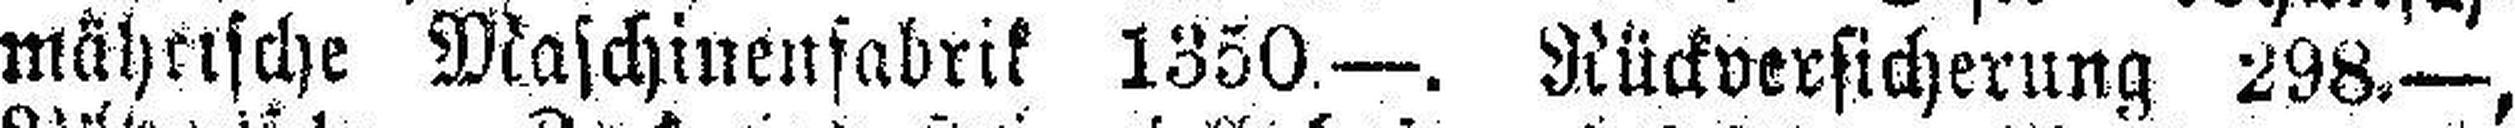
mährische Maschinenfabrik 1350.—. Rückversicherung 298.—,